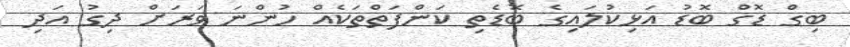
ބިގް ޑޮގް ބޮޑު އަޅިކުލައިގެ ބޮޑެތި ކަންފަތްތަކެއް ހުންނަ ވަރަށް ދިގު އަދި